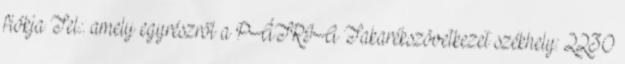
fiókja Tel.:. amely egyrészről a PÁTRIA Takarékszövetkezet székhely: 2230